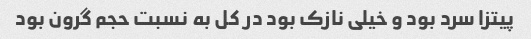
پیتزا سرد بود و خیلی نازک بود در کل به نسبت حجم گرون بود